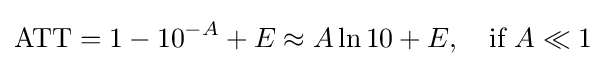
\mathrm {ATT} =1-10^{-A}+E\approx A\ln 10+E,\quad {\text{if}}\ A\ll 1